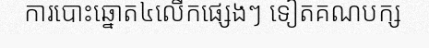
ការបោះឆ្នោត៤លើកផ្សេងៗ ទៀតគណបក្ស